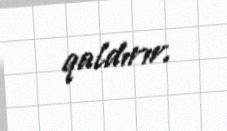
qaldırır.